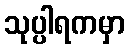
သုပ္ပါရကမှာ